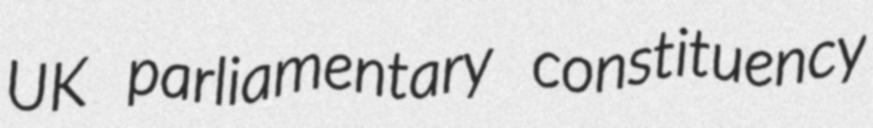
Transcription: UK parliamentary constituency